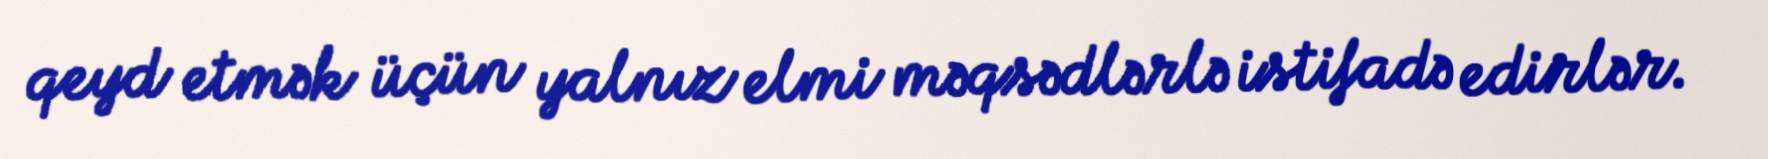
qeyd etmək üçün yalnız elmi məqsədlərlə istifadə edirlər.